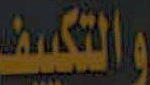
والتكيف